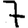
Digit: 7